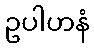
ဥပါဟနံ